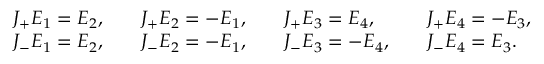
\begin{array} { r l r l r l } { J _ { + } E _ { 1 } = E _ { 2 } , } & { \quad J _ { + } E _ { 2 } = - E _ { 1 } , } & & { J _ { + } E _ { 3 } = E _ { 4 } , } & & { J _ { + } E _ { 4 } = - E _ { 3 } , } \\ { J _ { - } E _ { 1 } = E _ { 2 } , } & { \quad J _ { - } E _ { 2 } = - E _ { 1 } , } & & { J _ { - } E _ { 3 } = - E _ { 4 } , } & & { J _ { - } E _ { 4 } = E _ { 3 } . } \end{array}